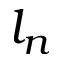
l _ { n }